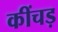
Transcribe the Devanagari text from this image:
कींचड़